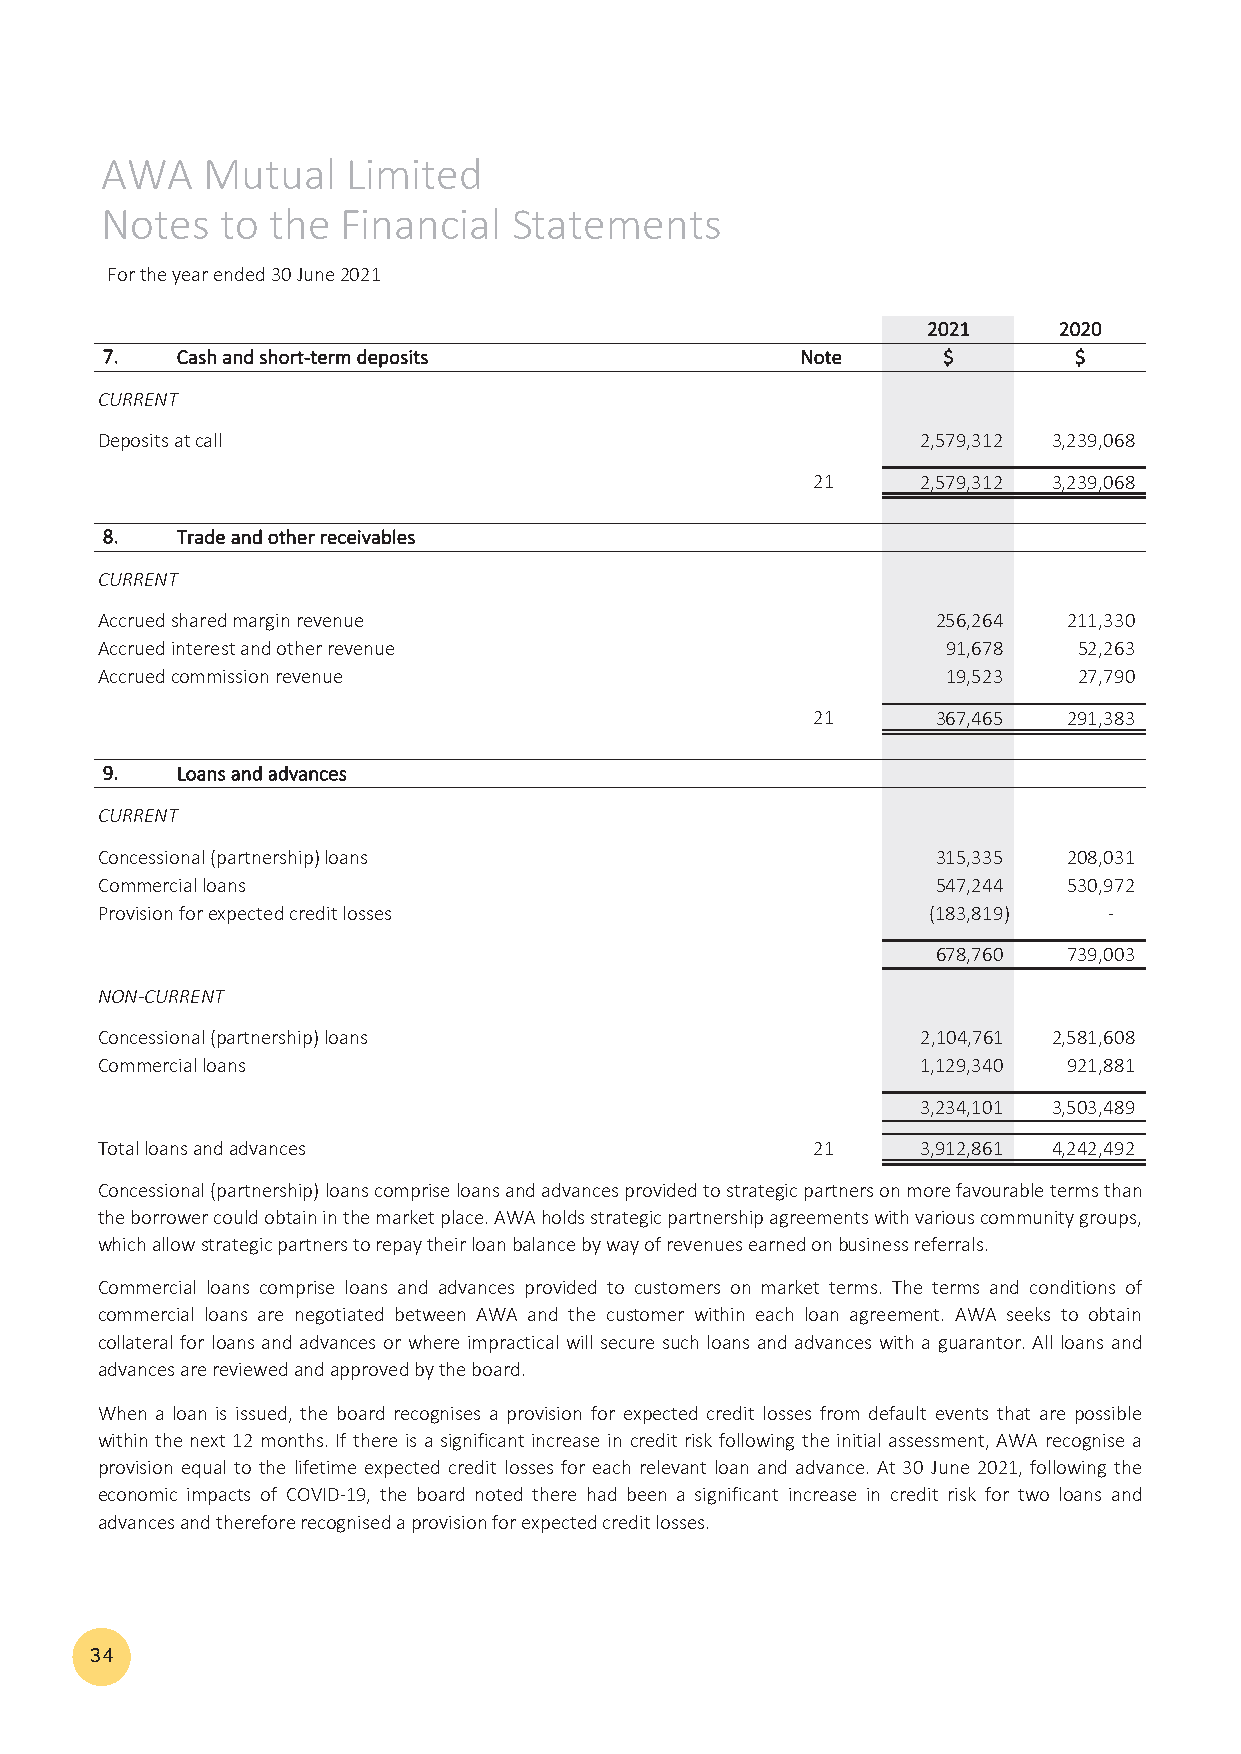
AWA   Mutual    Limited
 Notes   to the  Financial  Statements
 For the year ended 30 June 2021
 22002211 22002200
 77.. CCaasshh aanndd sshhoorrtt‐‐tteerrmm ddeeppoossiittss NNoottee $$ $$
 CURRENT
 Deposits at call                                       2 ,579,312 3 ,239,068
 21     2 ,579,312 3 ,239,068
 88.. TTrraaddee aanndd ootthheerr rreecceeiivvaabblleess
 CURRENT
 Accrued shared margin revenue                           256,264  211,330
 Accrued interest and other revenue                       91,678  52,263
 Accrued commission revenue                               19,523  27,790
 21      367,465  291,383
 99.. LLooaannss aanndd aaddvvaanncceess
 CURRENT
 Concessional (partnership) loans                        315,335  208,031
 Commercial loans                                        547,244  530,972
 Provision for expected credit losses                   (183,819)   ‐
 678,760  739,003
 NON‐CURRENT
 Concessional (partnership) loans                       2 ,104,761 2 ,581,608
 Commercial loans                                       1 ,129,340 921,881
 3 ,234,101 3 ,503,489
 Total loans and advances                        21     3 ,912,861 4 ,242,492
 Concessional(partnership)loanscompriseloansandadvancesprovidedtostrategicpartnersonmorefavourabletermsthan
 theborrowercouldobtaininthemarketplace.AWAholdsstrategicpartnershipagreementswithvariouscommunitygroups,
 which allow strategic partners to repay their loan balance by way of revenues earned on business referrals.
 Commercial loans comprise loans and advances provided to customers on market terms. The terms and conditions of
 commercial loans are negotiated between AWA and the customer within each loan agreement. AWA seeks to obtain
 collateral for loans and advances or where impractical will secure such loans and advances with a guarantor. All loans and
 advances are reviewed and approved by the board.
 When a loan is issued, the board recognises a provision for expected credit losses from default events that are possible
 within the next 12 months. If there is a significant increase in credit risk following the initial assessment, AWA recognise a
 provision equal to the lifetime expected credit losses for each relevant loan and advance. At 30 June 2021, following the
 economic impacts of COVID‐19, the board noted there had been a significant increase in credit risk for two loans and
 advances and therefore recognised a provision for expected credit losses.
 34